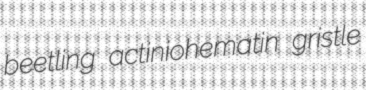
beetling actiniohematin gristle